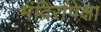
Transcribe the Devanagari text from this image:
मंदिरांपेक्षा